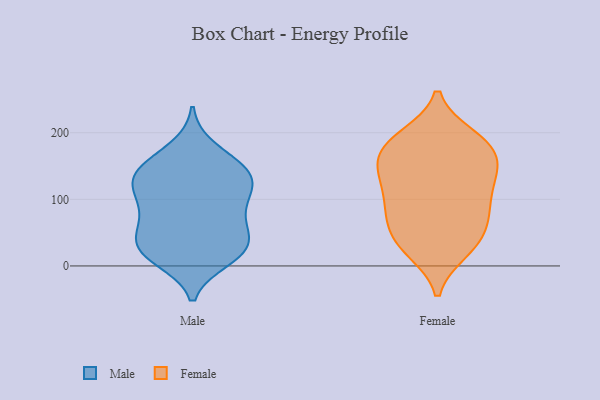
{"axis": {"x": "Customer Acquisition Cost (USD)", "y": "Value"}, "legend": ["Female", "Male"], "data": [{"x": "", "y": 176, "type": "Male"}, {"x": "", "y": 18, "type": "Male"}, {"x": "", "y": 135, "type": "Male"}, {"x": "", "y": 65, "type": "Male"}, {"x": "", "y": 151, "type": "Male"}, {"x": "", "y": 36, "type": "Male"}, {"x": "", "y": 121, "type": "Male"}, {"x": "", "y": 79, "type": "Male"}, {"x": "", "y": 140, "type": "Male"}, {"x": "", "y": 24, "type": "Male"}, {"x": "", "y": 111, "type": "Male"}, {"x": "", "y": 32, "type": "Male"}, {"x": "", "y": 11, "type": "Male"}, {"x": "", "y": 131, "type": "Male"}, {"x": "", "y": 21, "type": "Male"}, {"x": "", "y": 149, "type": "Male"}, {"x": "", "y": 107, "type": "Male"}, {"x": "", "y": 52, "type": "Male"}, {"x": "", "y": 84, "type": "Male"}, {"x": "", "y": 76, "type": "Female"}, {"x": "", "y": 153, "type": "Female"}, {"x": "", "y": 184, "type": "Female"}, {"x": "", "y": 178, "type": "Female"}, {"x": "", "y": 130, "type": "Female"}, {"x": "", "y": 121, "type": "Female"}, {"x": "", "y": 175, "type": "Female"}, {"x": "", "y": 142, "type": "Female"}, {"x": "", "y": 23, "type": "Female"}, {"x": "", "y": 194, "type": "Female"}, {"x": "", "y": 193, "type": "Female"}, {"x": "", "y": 81, "type": "Female"}, {"x": "", "y": 27, "type": "Female"}, {"x": "", "y": 92, "type": "Female"}, {"x": "", "y": 89, "type": "Female"}, {"x": "", "y": 130, "type": "Female"}, {"x": "", "y": 58, "type": "Female"}, {"x": "", "y": 46, "type": "Female"}, {"x": "", "y": 30, "type": "Female"}, {"x": "", "y": 159, "type": "Female"}]}